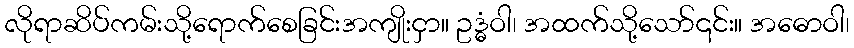
လိုရာဆိပ်ကမ်းသို့ရောက်စေခြင်းအကျိုးငှာ။ ဥဒ္ဓံဝါ၊ အထက်သို့သော်၎င်း။ အဓောဝါ၊